Annual administration report of the Civil Veterinary Department of India - 1892-1893
Year: 1892
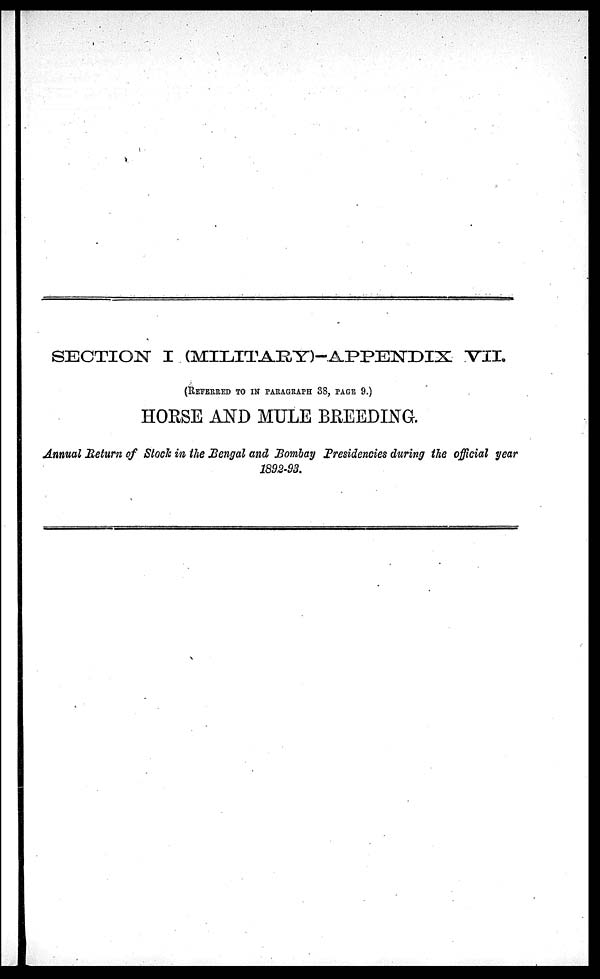
SECTION I (MILITARY)—APPENDIX VII.
(REFERRED TO IN PARAGRAPH 38, PAGE 9.)
HORSE AND MULE BREEDING.
Annual Return of Stock in the Bengal and Bombay presidencies during the official year
1892-93.